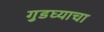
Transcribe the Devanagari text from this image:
गुडघ्याचा